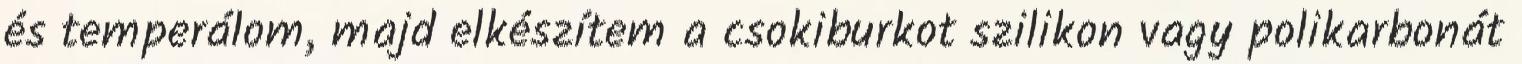
és temperálom, majd elkészítem a csokiburkot szilikon vagy polikarbonát